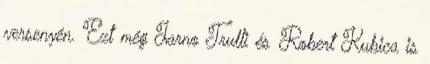
versenyén. Ezt még Jarno Trulli és Robert Kubica is